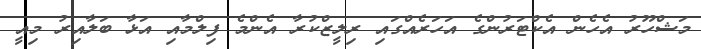
މަޝްހޫރު އެހެން އެކްޓަރުންގެ އަހަރެއްގައި ރިލީޒްކުރާ އެންމެ ފިލްމާއި އަޅާ ބަލާއިރު މިއީ